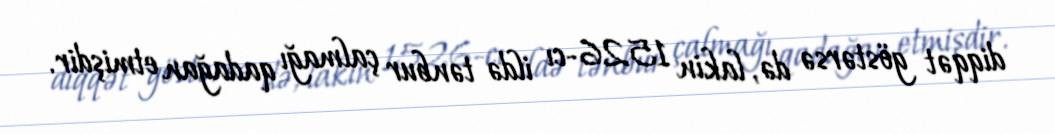
diqqət göstərsə də, lakin 1526-cı ildə tənbur çalmağı qadağan etmişdir.